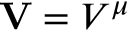
\mathbf { V } = V ^ { \mu }